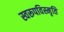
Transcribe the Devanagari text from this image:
स्वरूपविस्मृति